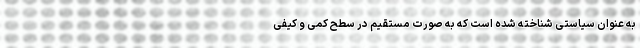
به عنوان سیاستی شناخته شده است که به صورت مستقیم در سطح کمی و کیفی